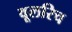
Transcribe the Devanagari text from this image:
वूलरिच